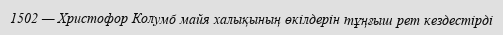
1502 — Христофор Колумб майя халықының өкiлдерiн тұңғыш рет кездестiрдi